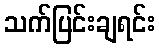
သက်ပြင်းချရင်း